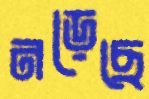
নড়েছে